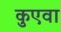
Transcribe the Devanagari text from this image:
कुएवा